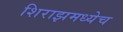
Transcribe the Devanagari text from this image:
शिराझमध्येच